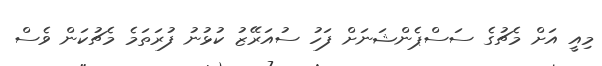
މިއީ އަށް މެޗުގެ ސަސްޕެންޝަނަށް ފަހު ސުއަރޭޒު ކުޅުނު ފުރަތަމެ މެޗުކަން ވެސް